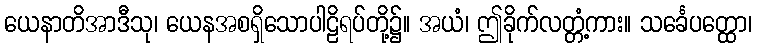
ယေနာတိအာဒီသု၊ ယေနအစရှိသောပါဠိရပ်တို့၌။ အယံ၊ ဤခိုက်လတ္တံ့ကား။ သင်္ခေပတ္ထော၊